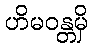
ဟိမဝန္တမှိ